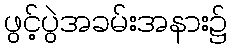
ဖွင့်ပွဲအခမ်းအနား၌